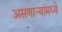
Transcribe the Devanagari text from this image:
असणाऱ्यांमध्ये